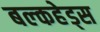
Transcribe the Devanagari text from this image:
बल्‍कहेड्स